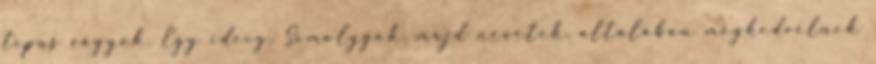
típus vagyok. Egy ideig. Somolygok, majd nevetek, általában megkedvelnek